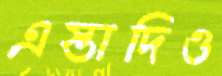
এস্তাদিও